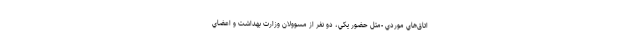
اتاق‌هاي موردي -مثل حضور يكي، دو نفر از مسوولان وزارت بهداشت و اعضاي